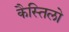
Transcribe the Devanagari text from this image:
कैस्तिलो